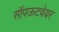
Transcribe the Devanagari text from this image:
सॉपऊटवेयर